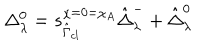
LaTeX: \Delta _ { \lambda } ^ { 0 } = s _ { \hat { \Gamma } _ { c l } } ^ { \chi = 0 = \chi _ { A } } \hat { \Delta } _ { \lambda } ^ { - } + \hat { \Delta } _ { \lambda } ^ { 0 }